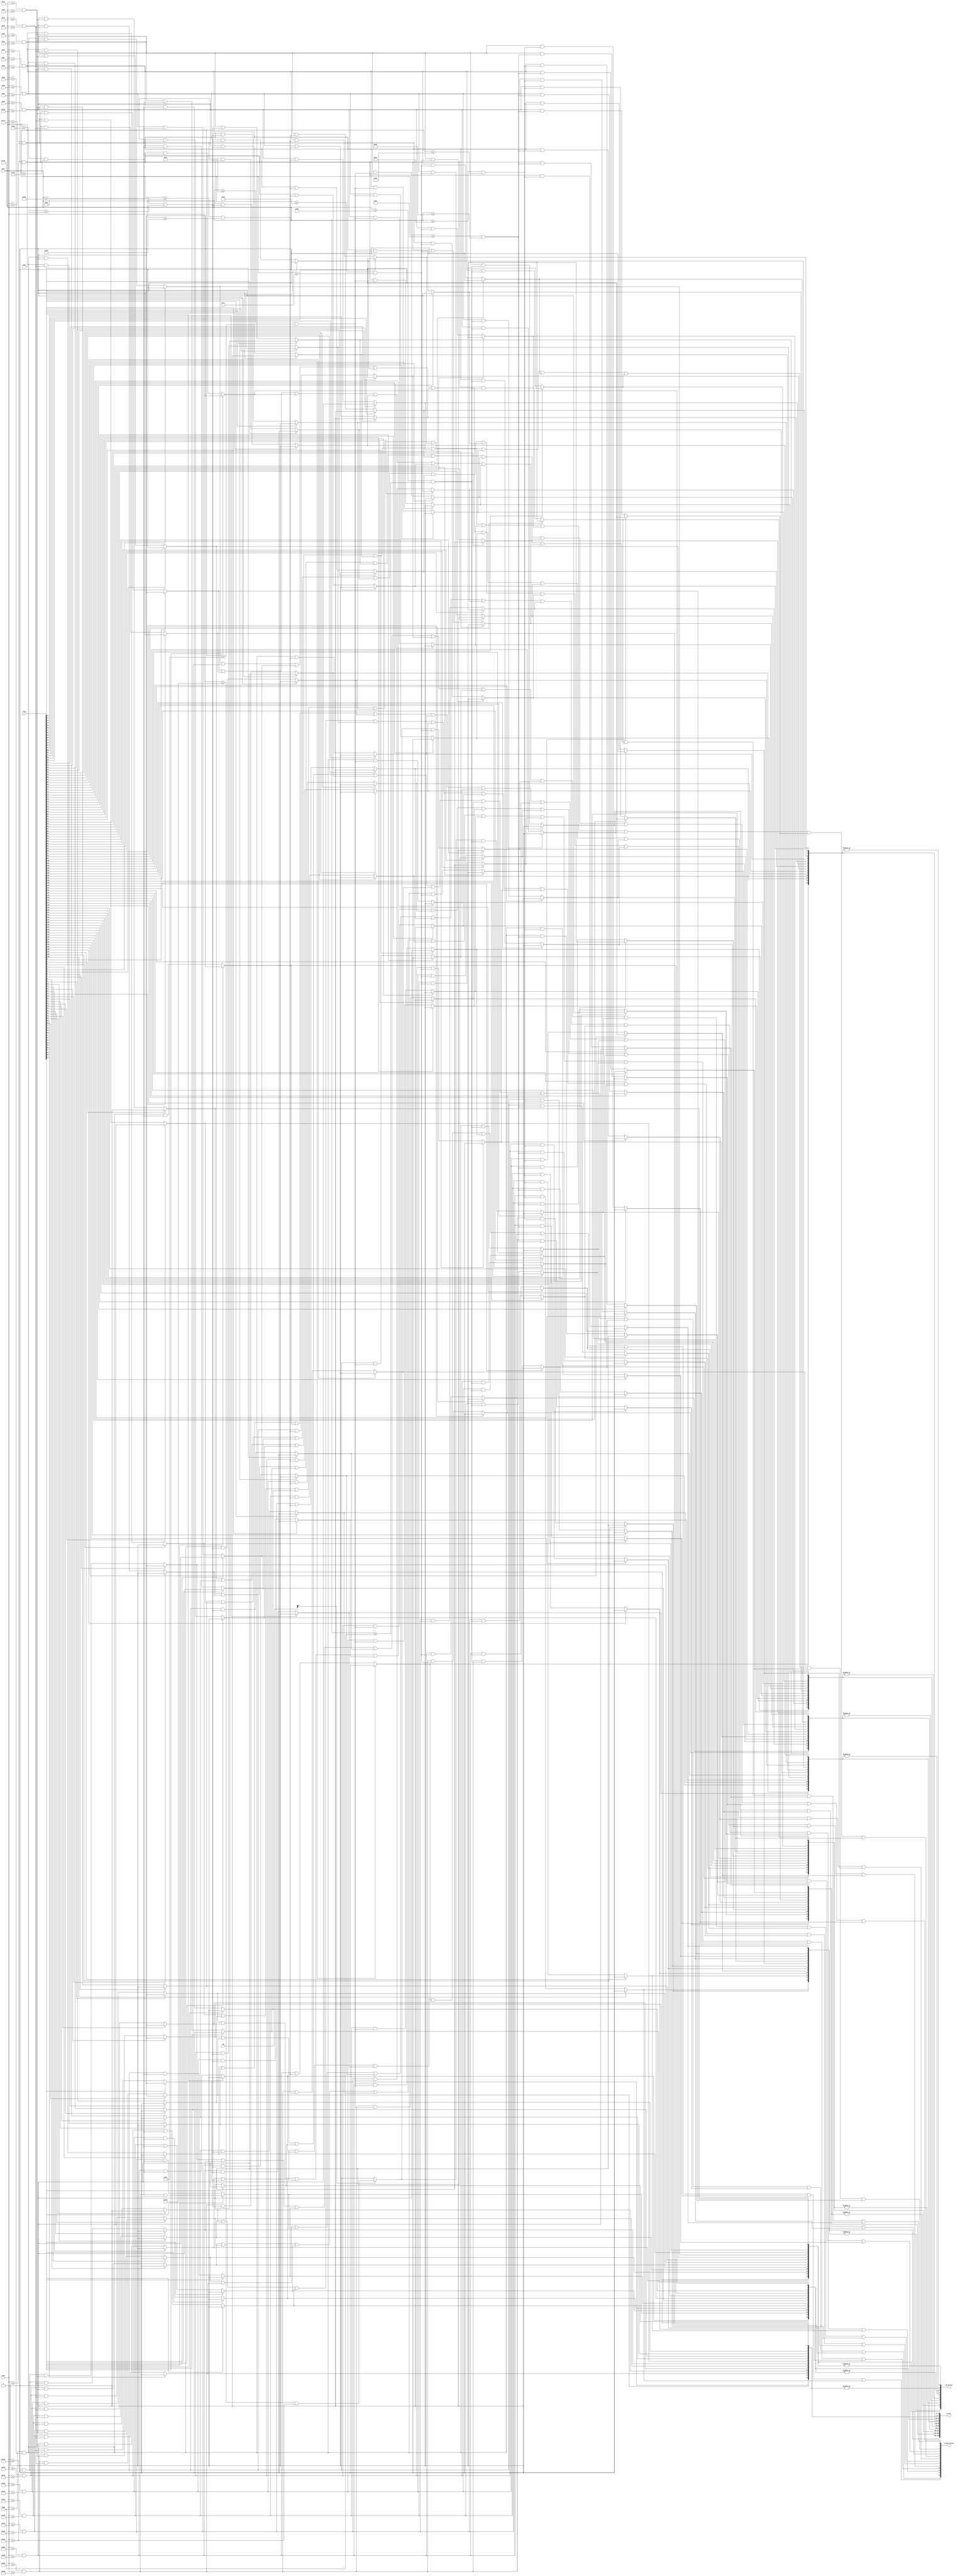
module Bricks(
			xpos,			
			ypos,
			SW,
			brick,
			flag,
			row_bricks,
			column_bricks	
		);

input 		[9:0]		xpos;
input 		[9:0]		ypos;
input 		[17:0]	SW;
input 		[139:0]	flag;
output wire [139:0] 	brick;
output wire [9:0] 	row_bricks;
output wire [13:0]	column_bricks;
	
wire [9:0] 	row;		// 10 rows
wire [13:0] column;	// 14 columns
wire column_6;
wire column_7;
	
// Declare row pixels
assign row[0] 			= (ypos >= 30 && ypos <= 40);
assign row[1] 			= (ypos >= 44 && ypos <= 54);
assign row[2] 			= (ypos >= 58 && ypos <= 68);
assign row[3] 			= (ypos >= 72 && ypos <= 82);
assign row[4] 			= (ypos >= 86 && ypos <= 96);
assign row[5] 			= (ypos >= 100 && ypos <= 110);
assign row[6] 			= (ypos >= 114 && ypos <= 124);
assign row[7] 			= (ypos >= 128 && ypos <= 138);
assign row[8] 			= (ypos >= 142 && ypos <= 152);
assign row[9] 			= (ypos >= 156 && ypos <= 166);

// Declare column pixels
assign column[0] 		= (xpos >= 0 && xpos <= 42);
assign column[1] 		= (xpos >= 46 && xpos <= 88);
assign column[2] 		= (xpos >= 92 && xpos <= 134);
assign column[3] 		= (xpos >= 138 && xpos <= 180);
assign column[4] 		= (xpos >= 184 && xpos <= 226);
assign column[5] 		= (xpos >= 230 && xpos <= 272);
assign column[6] 		= (xpos >= 276 && xpos <= 318);
assign column[7] 		= (xpos >= 322 && xpos <= 364);
assign column[8] 		= (xpos >= 368 && xpos <= 410);
assign column[9] 		= (xpos >= 414 && xpos <= 456);
assign column[10] 	= (xpos >= 460 && xpos <= 502);
assign column[11] 	= (xpos >= 506 && xpos <= 548);
assign column[12] 	= (xpos >= 552 && xpos <= 594);
assign column[13] 	= (xpos >= 598 && xpos <= 640);

assign column_7 		= (xpos >= 350 && xpos <= 364); 	// Atlernate

// 1st row of bricks
assign brick[0] 		= 	flag[0]?  0:(column[0] && row[0]);
assign brick[1] 		= 	flag[1]?  0:(column[1] && row[0]);
assign brick[2] 		=	flag[2]?  0:(column[2] && row[0]);
assign brick[3]		= 	flag[3]?  0:(column[3] && row[0]);
assign brick[4]		= 	flag[4]?  0:(column[4] && row[0]);
assign brick[5] 		= 	flag[5]?  0:(column[5] && row[0]);
assign brick[6] 		= 	flag[6]?  0:(column[6] && row[0]);
assign brick[7] 		= 	flag[7]?  0:(column[7] && row[0]);
assign brick[8] 		= 	flag[8]?  0:(column[8] && row[0]);
assign brick[9] 		= 	flag[9]?  0:(column[9] && row[0]);
assign brick[10]		= 	flag[10]? 0:(column[10] && row[0]);
assign brick[11] 		= 	flag[11]? 0:(column[11] && row[0]);
assign brick[12] 		= 	flag[12]? 0:(column[12]&& row[0]);
assign brick[13] 		= 	flag[13]? 0:(column[13] && row[0]);

// 2nd row of bricks
assign brick[14] 		= 	flag[14]? 0:(column[0] && row[1]);
assign brick[15] 		= 	flag[15]? 0:(column[1] && row[1]);
assign brick[16] 		=	flag[16]? 0:(column[2] && row[1]);
assign brick[17]		= 	flag[17]? 0:(column[3] && row[1]);
assign brick[18]		= 	flag[18]? 0:(column[4] && row[1]);
assign brick[19] 		= 	flag[19]? 0:(column[5] && row[1]);
assign brick[20] 		= 	flag[20]? 0:(column[6] && row[1]);
assign brick[21] 		= 	flag[21]? 0:(column[7] && row[1]);
assign brick[22] 		= 	flag[22]? 0:(column[8] && row[1]);
assign brick[23] 		= 	flag[23]? 0:(column[9] && row[1]);
assign brick[24]		= 	flag[24]? 0:(column[10] && row[1]);
assign brick[25] 		= 	flag[25]? 0:(column[11] && row[1]);
assign brick[26] 		= 	flag[26]? 0:(column[12] && row[1]);
assign brick[27] 		= 	flag[27]? 0:(column[13] && row[1]);

// 3rd row of bricks
assign brick[28] 		= 	flag[28]? 0:(column[0] && row[2]);
assign brick[29] 		= 	flag[29]? 0:(column[1] && row[2]);
assign brick[30] 		=	flag[30]? 0:(column[2] && row[2]);
assign brick[31]		= 	flag[31]? 0:(column[3] && row[2]);
assign brick[32]		= 	flag[32]? 0:(column[4] && row[2]);
assign brick[33] 		= 	flag[33]? 0:(column[5] && row[2]);
assign brick[34] 		= 	flag[34]? 0:(column[6] && row[2]);
assign brick[35] 		= 	flag[35]? 0:(column[7] && row[2]);
assign brick[36] 		= 	flag[36]? 0:(column[8] && row[2]);
assign brick[37] 		= 	flag[37]? 0:(column[9] && row[2]);
assign brick[38]		= 	flag[38]? 0:(column[10] && row[2]);
assign brick[39] 		= 	flag[39]? 0:(column[11] && row[2]);
assign brick[40] 		= 	flag[40]? 0:(column[12] && row[2]);
assign brick[41] 		= 	flag[41]? 0:(column[13] && row[2]);

// 4th row of bricks
assign brick[42] 		= 	flag[42]? 0:(column[0] && row[3]);
assign brick[43] 		= 	flag[43]? 0:(column[1] && row[3]);
assign brick[44] 		=	flag[44]? 0:(column[2] && row[3]);
assign brick[45]		= 	flag[45]? 0:(column[3] && row[3]);
assign brick[46]		= 	flag[46]? 0:(column[4] && row[3]);
assign brick[47]		= 	flag[47]? 0:(column[5] && row[3]);
assign brick[48]		= 	flag[48]? 0:(column[6] && row[3]);
assign brick[49]		= 	flag[49]? 0:(column[7] && row[3]);
assign brick[50]		= 	flag[50]? 0:(column[8] && row[3]);
assign brick[51]		= 	flag[51]? 0:(column[9] && row[3]);
assign brick[52]		= 	flag[52]? 0:(column[10] && row[3]);
assign brick[53] 		= 	flag[53]? 0:(column[11] && row[3]);
assign brick[54] 		= 	flag[54]? 0:(column[12] && row[3]);
assign brick[55] 		= 	flag[55]? 0:(column[13] && row[3]);

// 5th row of bricks
assign brick[56]		= 	flag[56]? 0:(column[0] && row[4]);
assign brick[57]		= 	flag[57]? 0:(column[1] && row[4]);
assign brick[58]		=	flag[58]? 0:(column[2] && row[4]);
assign brick[59]		= 	flag[59]? 0:(column[3] && row[4]);
assign brick[60]		= 	flag[60]? 0:(column[4] && row[4]);
assign brick[61]		= 	flag[61]? 0:(column[5] && row[4]);
assign brick[62]		= 	flag[62]? 0:(column[6] && row[4]);
assign brick[63]		= 	flag[63]? 0:(column[7] && row[4]);
assign brick[64]		= 	flag[64]? 0:(column[8] && row[4]);
assign brick[65]		= 	flag[65]? 0:(column[9] && row[4]);
assign brick[66]		= 	flag[66]? 0:(column[10] && row[4]);
assign brick[67] 		= 	flag[67]? 0:(column[11] && row[4]);
assign brick[68] 		= 	flag[68]? 0:(column[12] && row[4]);
assign brick[69] 		= 	flag[69]? 0:(column[13] && row[4]);

// 6th row of bricks
assign brick[70] 		= 	flag[70]? 0:(column[0] && row[5]);
assign brick[71] 		= 	flag[71]? 0:(column[1] && row[5]);
assign brick[72]		=	flag[72]? 0:(column[2] && row[5]);
assign brick[73]		= 	flag[73]? 0:(column[3] && row[5]);
assign brick[74]		= 	flag[74]? 0:(column[4] && row[5]);
assign brick[75]		= 	flag[75]? 0:(column[5] && row[5]);
assign brick[76] 		= 	flag[76]? 0:(column[6] && row[5]);
assign brick[77] 		= 	flag[77]? 0:(column[7] && row[5]);
assign brick[78] 		= 	flag[78]? 0:(column[8] && row[5]);
assign brick[79] 		= 	flag[79]? 0:(column[9] && row[5]);
assign brick[80]		= 	flag[80]? 0:(column[10] && row[5]);
assign brick[81] 		= 	flag[81]? 0:(column[11] && row[5]);
assign brick[82] 		= 	flag[82]? 0:(column[12] && row[5]);
assign brick[83] 		= 	flag[83]? 0:(column[13] && row[5]);

// 7th row of bricks
assign brick[84] 		= 	flag[84]? 0:(column[0] && row[6]);
assign brick[85]		= 	flag[85]? 0:(column[1] && row[6]);
assign brick[86]		=	flag[86]? 0:(column[2] && row[6]);
assign brick[87]		= 	flag[87]? 0:(column[3] && row[6]);
assign brick[88]		= 	flag[88]? 0:(column[4] && row[6]);
assign brick[89]		= 	flag[89]? 0:(column[5] && row[6]);
assign brick[90]		= 	flag[90]? 0:(column[6] && row[6]);
assign brick[91]		= 	flag[91]? 0:((SW[5]?column_7:column[7]) && row[6]);
assign brick[92]		= 	flag[92]? 0:(column[8] && row[6]);
assign brick[93]		= 	flag[93]? 0:(column[9] && row[6]);
assign brick[94]		= 	flag[94]? 0:(column[10] && row[6]);
assign brick[95] 		= 	flag[95]? 0:(column[11] && row[6]);
assign brick[96] 		= 	flag[96]? 0:(column[12] && row[6]);
assign brick[97] 		= 	flag[97]? 0:(column[13] && row[6]);

// 8th row of bricks
assign brick[98] 		= 	flag[98]?  0:(column[0] && row[7]);
assign brick[99]		= 	flag[99]?  0:(column[1] && row[7]);
assign brick[100]		=	flag[100]? 0:(column[2] && row[7]);
assign brick[101]		= 	flag[101]? 0:(column[3] && row[7]);
assign brick[102]		= 	flag[102]? 0:(column[4] && row[7]);
assign brick[103]		= 	flag[103]? 0:(column[5] && row[7]);
assign brick[104]		= 	flag[104]? 0:(column[6]  && row[7]);
assign brick[105]		= 	flag[105]? 0:((SW[5]?column_7:column[7])  && row[7]);
assign brick[106]		= 	flag[106]? 0:(column[8] && row[7]);
assign brick[107]		= 	flag[107]? 0:(column[9] && row[7]);
assign brick[108]		= 	flag[108]? 0:(column[10] && row[7]);
assign brick[109]		= 	flag[109]? 0:(column[11] && row[7]);
assign brick[110]		= 	flag[110]? 0:(column[12] && row[7]);
assign brick[111] 	= 	flag[111]? 0:(column[13] && row[7]);

// 9th row of bricks
assign brick[112] 	= 	flag[112]? 0:(column[0] && row[8]);
assign brick[113]		= 	flag[113]? 0:(column[1] && row[8]);
assign brick[114]		=	flag[114]? 0:(column[2] && row[8]);
assign brick[115]		= 	flag[115]? 0:(column[3] && row[8]);
assign brick[116]		= 	flag[116]? 0:(column[4] && row[8]);
assign brick[117]		= 	flag[117]? 0:(column[5] && row[8]);
assign brick[118]		= 	flag[118]? 0:(column[6] && row[8]);
assign brick[119]		= 	flag[119]? 0:(column[7] && row[8]);
assign brick[120]		= 	flag[120]? 0:(column[8] && row[8]);
assign brick[121]		= 	flag[121]? 0:(column[9] && row[8]);
assign brick[122]		= 	flag[122]? 0:(column[10] && row[8]);
assign brick[123]		= 	flag[123]? 0:(column[11] && row[8]);
assign brick[124]		= 	flag[124]? 0:(column[12] && row[8]);
assign brick[125]		= 	flag[125]? 0:(column[13] && row[8]);

// 10th row of bricks
assign brick[126]		= 	flag[126]? 0:(column[0] && row[9]);
assign brick[127]		= 	flag[127]? 0:(column[1] && row[9]);
assign brick[128]		=	flag[128]? 0:(column[2] && row[9]);
assign brick[129]		= 	flag[129]? 0:(column[3] && row[9]);
assign brick[130]		= 	flag[130]? 0:(column[4] && row[9]);
assign brick[131]		= 	flag[131]? 0:(column[5] && row[9]);
assign brick[132]		= 	flag[132]? 0:(column[6] && row[9]);
assign brick[133]		= 	flag[133]? 0:(column[7] && row[9]);
assign brick[134]		= 	flag[134]? 0:(column[8] && row[9]);
assign brick[135]		= 	flag[135]? 0:(column[9] && row[9]);
assign brick[136]		= 	flag[136]? 0:(column[10] && row[9]);
assign brick[137]		= 	flag[137]? 0:(column[11] && row[9]);
assign brick[138]		= 	flag[138]? 0:(column[12] && row[9]);
assign brick[139]		= 	flag[139]? 0:(column[13] && row[9]);

// All rows
assign row_bricks[0]	=	|brick[13:0];
assign row_bricks[1]	=	|brick[27:14];
assign row_bricks[2]	=	|brick[41:28];
assign row_bricks[3]	=	|brick[55:42];
assign row_bricks[4]	=	|brick[69:56];
assign row_bricks[5]	=	|brick[83:70];
assign row_bricks[6]	=	|brick[97:84];
assign row_bricks[7]	=	|brick[111:98];
assign row_bricks[8]	=	|brick[125:112];
assign row_bricks[9]	=	|brick[139:126];

// All columns
assign column_bricks[0]		=	brick[0]		|| brick[14] || brick[28] || brick[42] || brick[56] || brick[70] || brick[84] || brick[98]  || brick[112] || brick[126];
assign column_bricks[1]		=	brick[1] 	|| brick[15] || brick[29] || brick[43] || brick[57] || brick[71] || brick[85] || brick[99]  || brick[113] || brick[127];
assign column_bricks[2]		=	brick[2] 	|| brick[16] || brick[30] || brick[44] || brick[58] || brick[72] || brick[86] || brick[100] || brick[114] || brick[128];
assign column_bricks[3]		=	brick[3] 	|| brick[17] || brick[31] || brick[45] || brick[59] || brick[73] || brick[87] || brick[101] || brick[115] || brick[129];
assign column_bricks[4]		=	brick[4] 	|| brick[18] || brick[32] || brick[46] || brick[60] || brick[74] || brick[88] || brick[102] || brick[116] || brick[130];
assign column_bricks[5]		=	brick[5] 	|| brick[19] || brick[33] || brick[47] || brick[61] || brick[75] || brick[89] || brick[103] || brick[117] || brick[131];
assign column_bricks[6]		=	brick[6] 	|| brick[20] || brick[34] || brick[48] || brick[62] || brick[76] || brick[90] || brick[104] || brick[118] || brick[132];
assign column_bricks[7]		=	brick[7] 	|| brick[21] || brick[35] || brick[49] || brick[63] || brick[77] || brick[91] || brick[105] || brick[119] || brick[133];
assign column_bricks[8]		=	brick[8] 	|| brick[22] || brick[36] || brick[50] || brick[64] || brick[78] || brick[92] || brick[106] || brick[120] || brick[134];
assign column_bricks[9]		=	brick[9] 	|| brick[23] || brick[37] || brick[51] || brick[65] || brick[79] || brick[93] || brick[107] || brick[121] || brick[135];
assign column_bricks[10]	=	brick[10] 	|| brick[24] || brick[38] || brick[52] || brick[66] || brick[80] || brick[94] || brick[108] || brick[122] || brick[136];
assign column_bricks[11]	=	brick[11]	|| brick[25] || brick[39] || brick[53] || brick[67] || brick[81] || brick[95] || brick[109] || brick[123] || brick[137];
assign column_bricks[12]	=	brick[12] 	|| brick[26] || brick[40] || brick[54] || brick[68] || brick[82] || brick[96] || brick[110] || brick[124] || brick[138];
assign column_bricks[13]	=	brick[13] 	|| brick[27] || brick[41] || brick[55] || brick[69] || brick[83] || brick[97] || brick[111] || brick[125] || brick[139];

endmodule